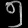
Digit: ၅